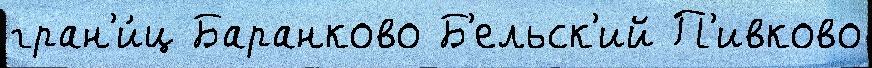
гран'и́ц Баранково Б'ельск'ий П'ивково